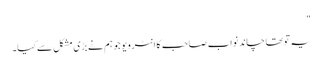
"
یہ تو تھا چاند نواب صاحب کا انٹرویو جو ہم نے بڑی مشکل سے کیا۔